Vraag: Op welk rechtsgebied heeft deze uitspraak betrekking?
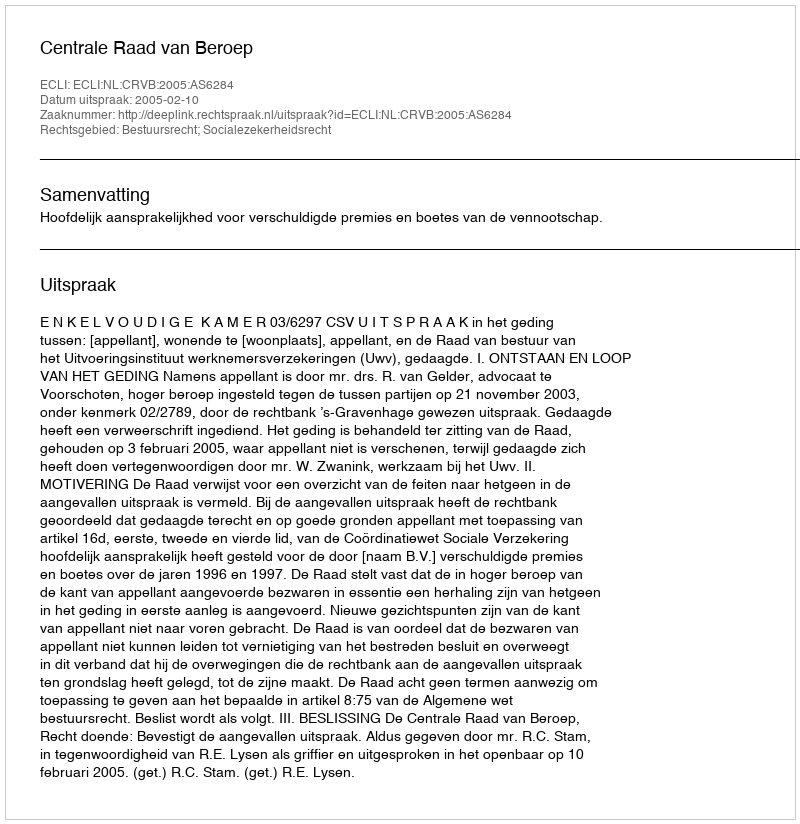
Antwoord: Bestuursrecht; Socialezekerheidsrecht